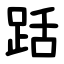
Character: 䟯